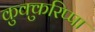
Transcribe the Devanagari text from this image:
कुक्कुरिप्पा